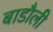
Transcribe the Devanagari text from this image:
बाडौली